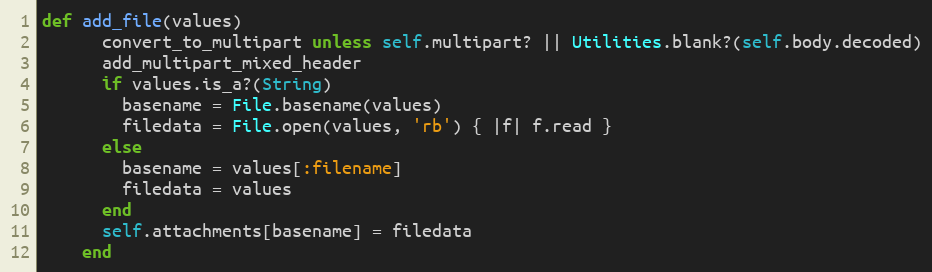
Language: Ruby
def add_file(values)
      convert_to_multipart unless self.multipart? || Utilities.blank?(self.body.decoded)
      add_multipart_mixed_header
      if values.is_a?(String)
        basename = File.basename(values)
        filedata = File.open(values, 'rb') { |f| f.read }
      else
        basename = values[:filename]
        filedata = values
      end
      self.attachments[basename] = filedata
    end